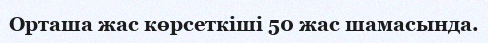
Орташа жас көрсеткіші 50 жас шамасында.